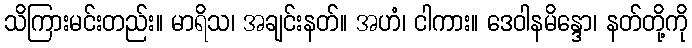
သိကြားမင်းတည်း။ မာရိသ၊ အချင်းနတ်။ အဟံ၊ ငါကား။ ဒေဝါနမိန္ဒော၊ နတ်တို့ကို